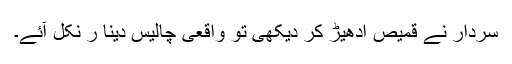
سردار نے قمیص ادھیڑ کر دیکھی تو واقعی چالیس دینا ر نکل آئے۔